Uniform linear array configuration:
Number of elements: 8
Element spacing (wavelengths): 1
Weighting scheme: hamming
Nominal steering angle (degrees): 15
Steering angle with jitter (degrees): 13.918
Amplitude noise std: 0.05
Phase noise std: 0.05

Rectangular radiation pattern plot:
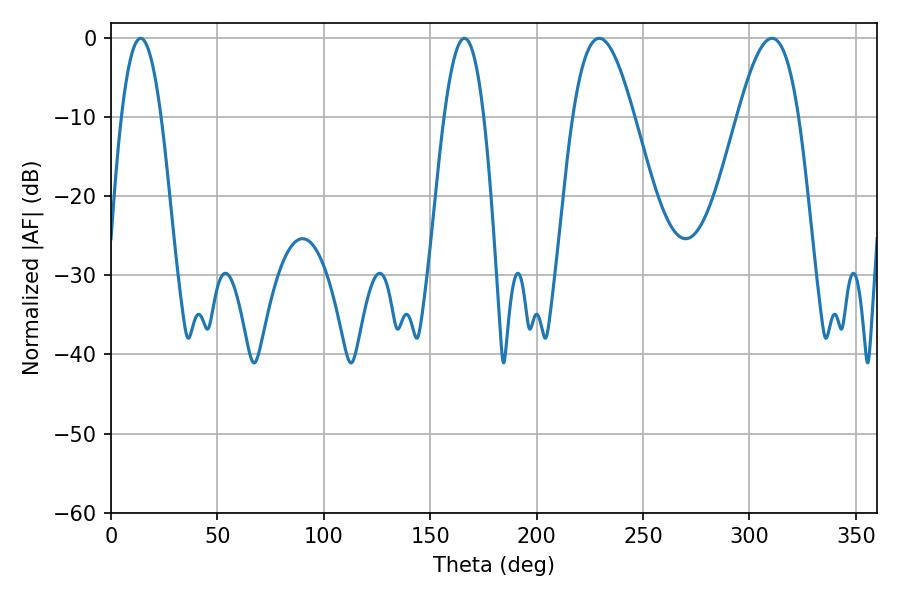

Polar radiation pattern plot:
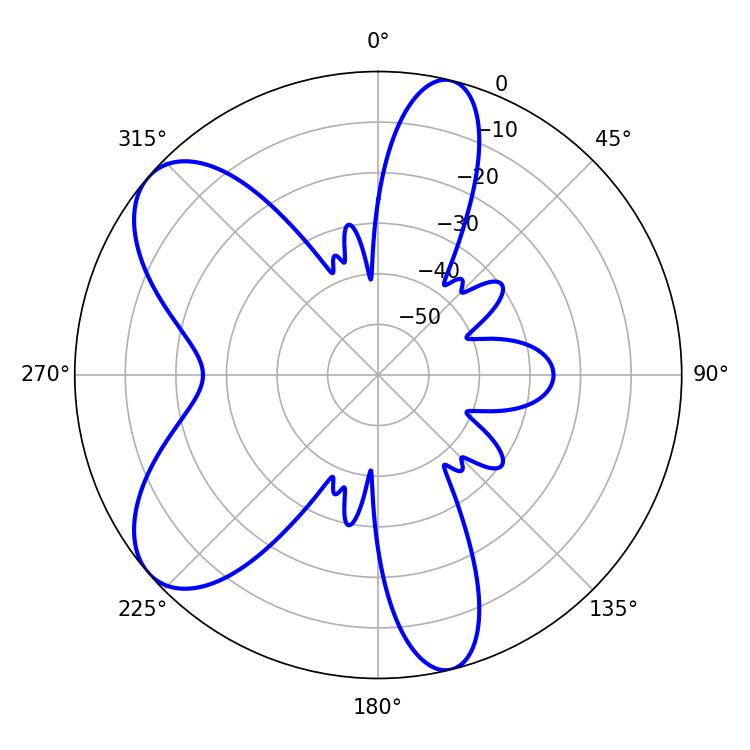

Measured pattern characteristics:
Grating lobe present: TRUE
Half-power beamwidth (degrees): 15.48
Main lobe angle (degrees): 229.32